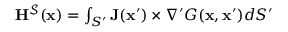
\begin{array} { r } { \mathbf { H } ^ { \mathcal { S } } ( \mathbf { x } ) = \int _ { S ^ { \prime } } \mathbf { J } ( \mathbf { x } ^ { \prime } ) \times \nabla ^ { \prime } G ( \mathbf { x } , \mathbf { x } ^ { \prime } ) d S ^ { \prime } } \end{array}